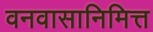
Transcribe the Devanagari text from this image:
वनवासानिमित्त